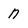
Character: n